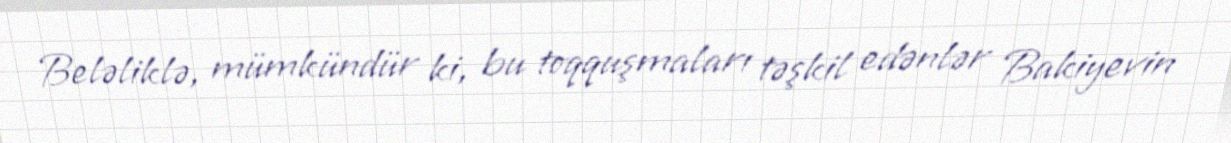
Beləliklə, mümkündür ki, bu toqquşmaları təşkil edənlər Bakiyevin